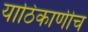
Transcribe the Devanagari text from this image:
याठिकाणीच